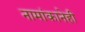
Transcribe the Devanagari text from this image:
नामांकानेही